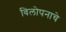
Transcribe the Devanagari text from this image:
विलोपनाचे